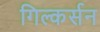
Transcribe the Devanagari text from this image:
गिल्कर्सन